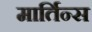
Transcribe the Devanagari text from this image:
मार्तिन्स